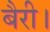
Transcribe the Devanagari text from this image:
बैरी।